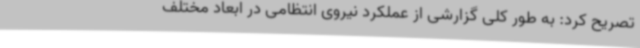
تصریح کرد: به طور کلی گزارشی از عملکرد نیروی انتظامی در ابعاد مختلف